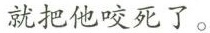
就把他咬死了。